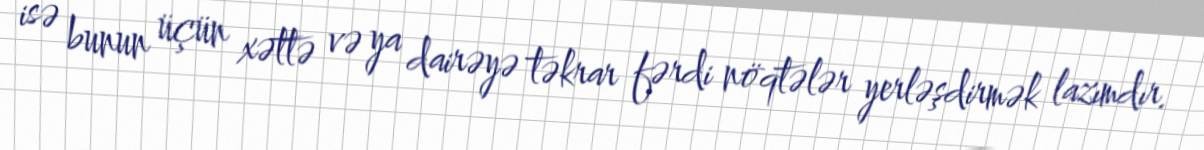
isə bunun üçün xəttə və ya dairəyə təkrar fərdi nöqtələr yerləşdirmək lazımdır.